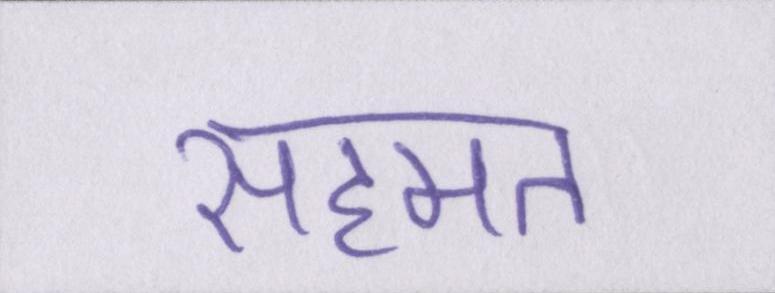
सहमत